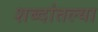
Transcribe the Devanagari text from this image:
शब्दांतल्या